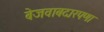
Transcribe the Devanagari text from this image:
बेजवाबदारपणा